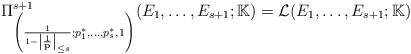
LaTeX: \begin{align*}\Pi_{\left(\frac{1}{1-\left|\frac{1}{\mathbf{p}}\right|_{\leq s}};p_1^* ,\ldots,p_s^*,1\right)}^{s+1}(E_1,\ldots,E_{s+1};\mathbb{K})=\mathcal{L}(E_1,\ldots,E_{s+1};\mathbb{K})\end{align*}